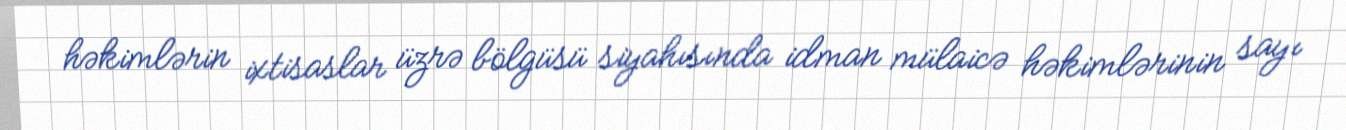
həkimlərin ixtisaslar üzrə bölgüsü siyahısında idman mülaicə həkimlərinin sayı